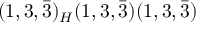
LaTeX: ( 1 , 3 , { \bar { 3 } } ) _ { H } ( 1 , 3 , { \bar { 3 } } ) ( 1 , 3 , { \bar { 3 } } )